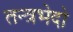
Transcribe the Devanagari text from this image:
तन्त्रभेदो